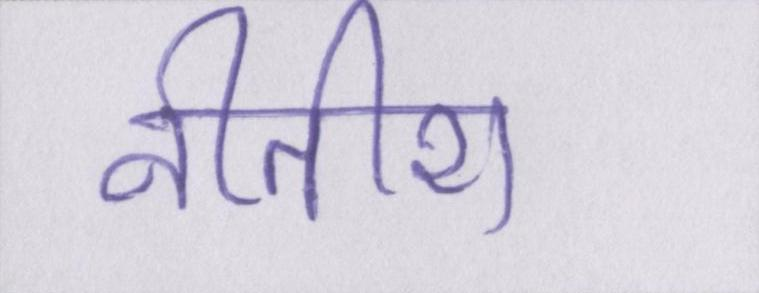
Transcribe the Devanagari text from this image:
नीतीश